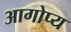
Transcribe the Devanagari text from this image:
आगोप्य